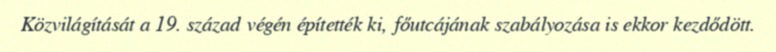
Közvilágítását a 19. század végén építették ki, főutcájának szabályozása is ekkor kezdődött.